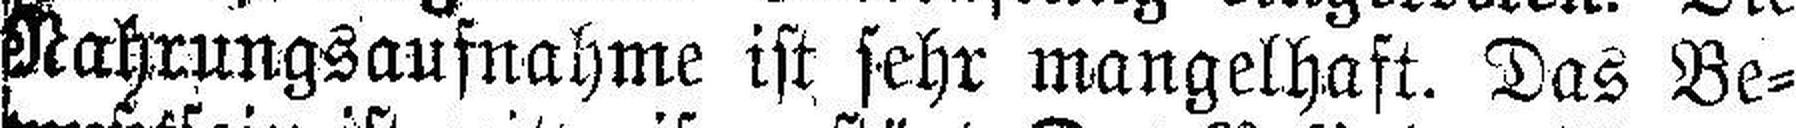
Nahrungsaufnahme ist sehr mangelhaft. Das Be¬